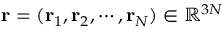
\ensuremath { \mathbf { r } } = ( \ensuremath { \mathbf { r } } _ { 1 } , \ensuremath { \mathbf { r } } _ { 2 } , \cdots , \ensuremath { \mathbf { r } } _ { N } ) \in \mathbb { R } ^ { 3 N }